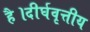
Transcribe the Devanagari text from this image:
है।दीर्घवृत्तीय